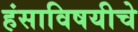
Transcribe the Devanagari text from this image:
हंसाविषयीचे